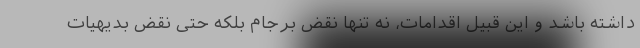
داشته باشد و این قبیل اقدامات، نه تنها نقض برجام بلکه حتی نقض بدیهیات